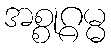
အစ္စုဂ္ဂမ္မ